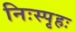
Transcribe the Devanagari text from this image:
निःस्पृहः